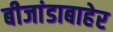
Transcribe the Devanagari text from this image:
बीजांडाबाहेर